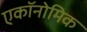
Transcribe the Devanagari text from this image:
एकॉनोमिक